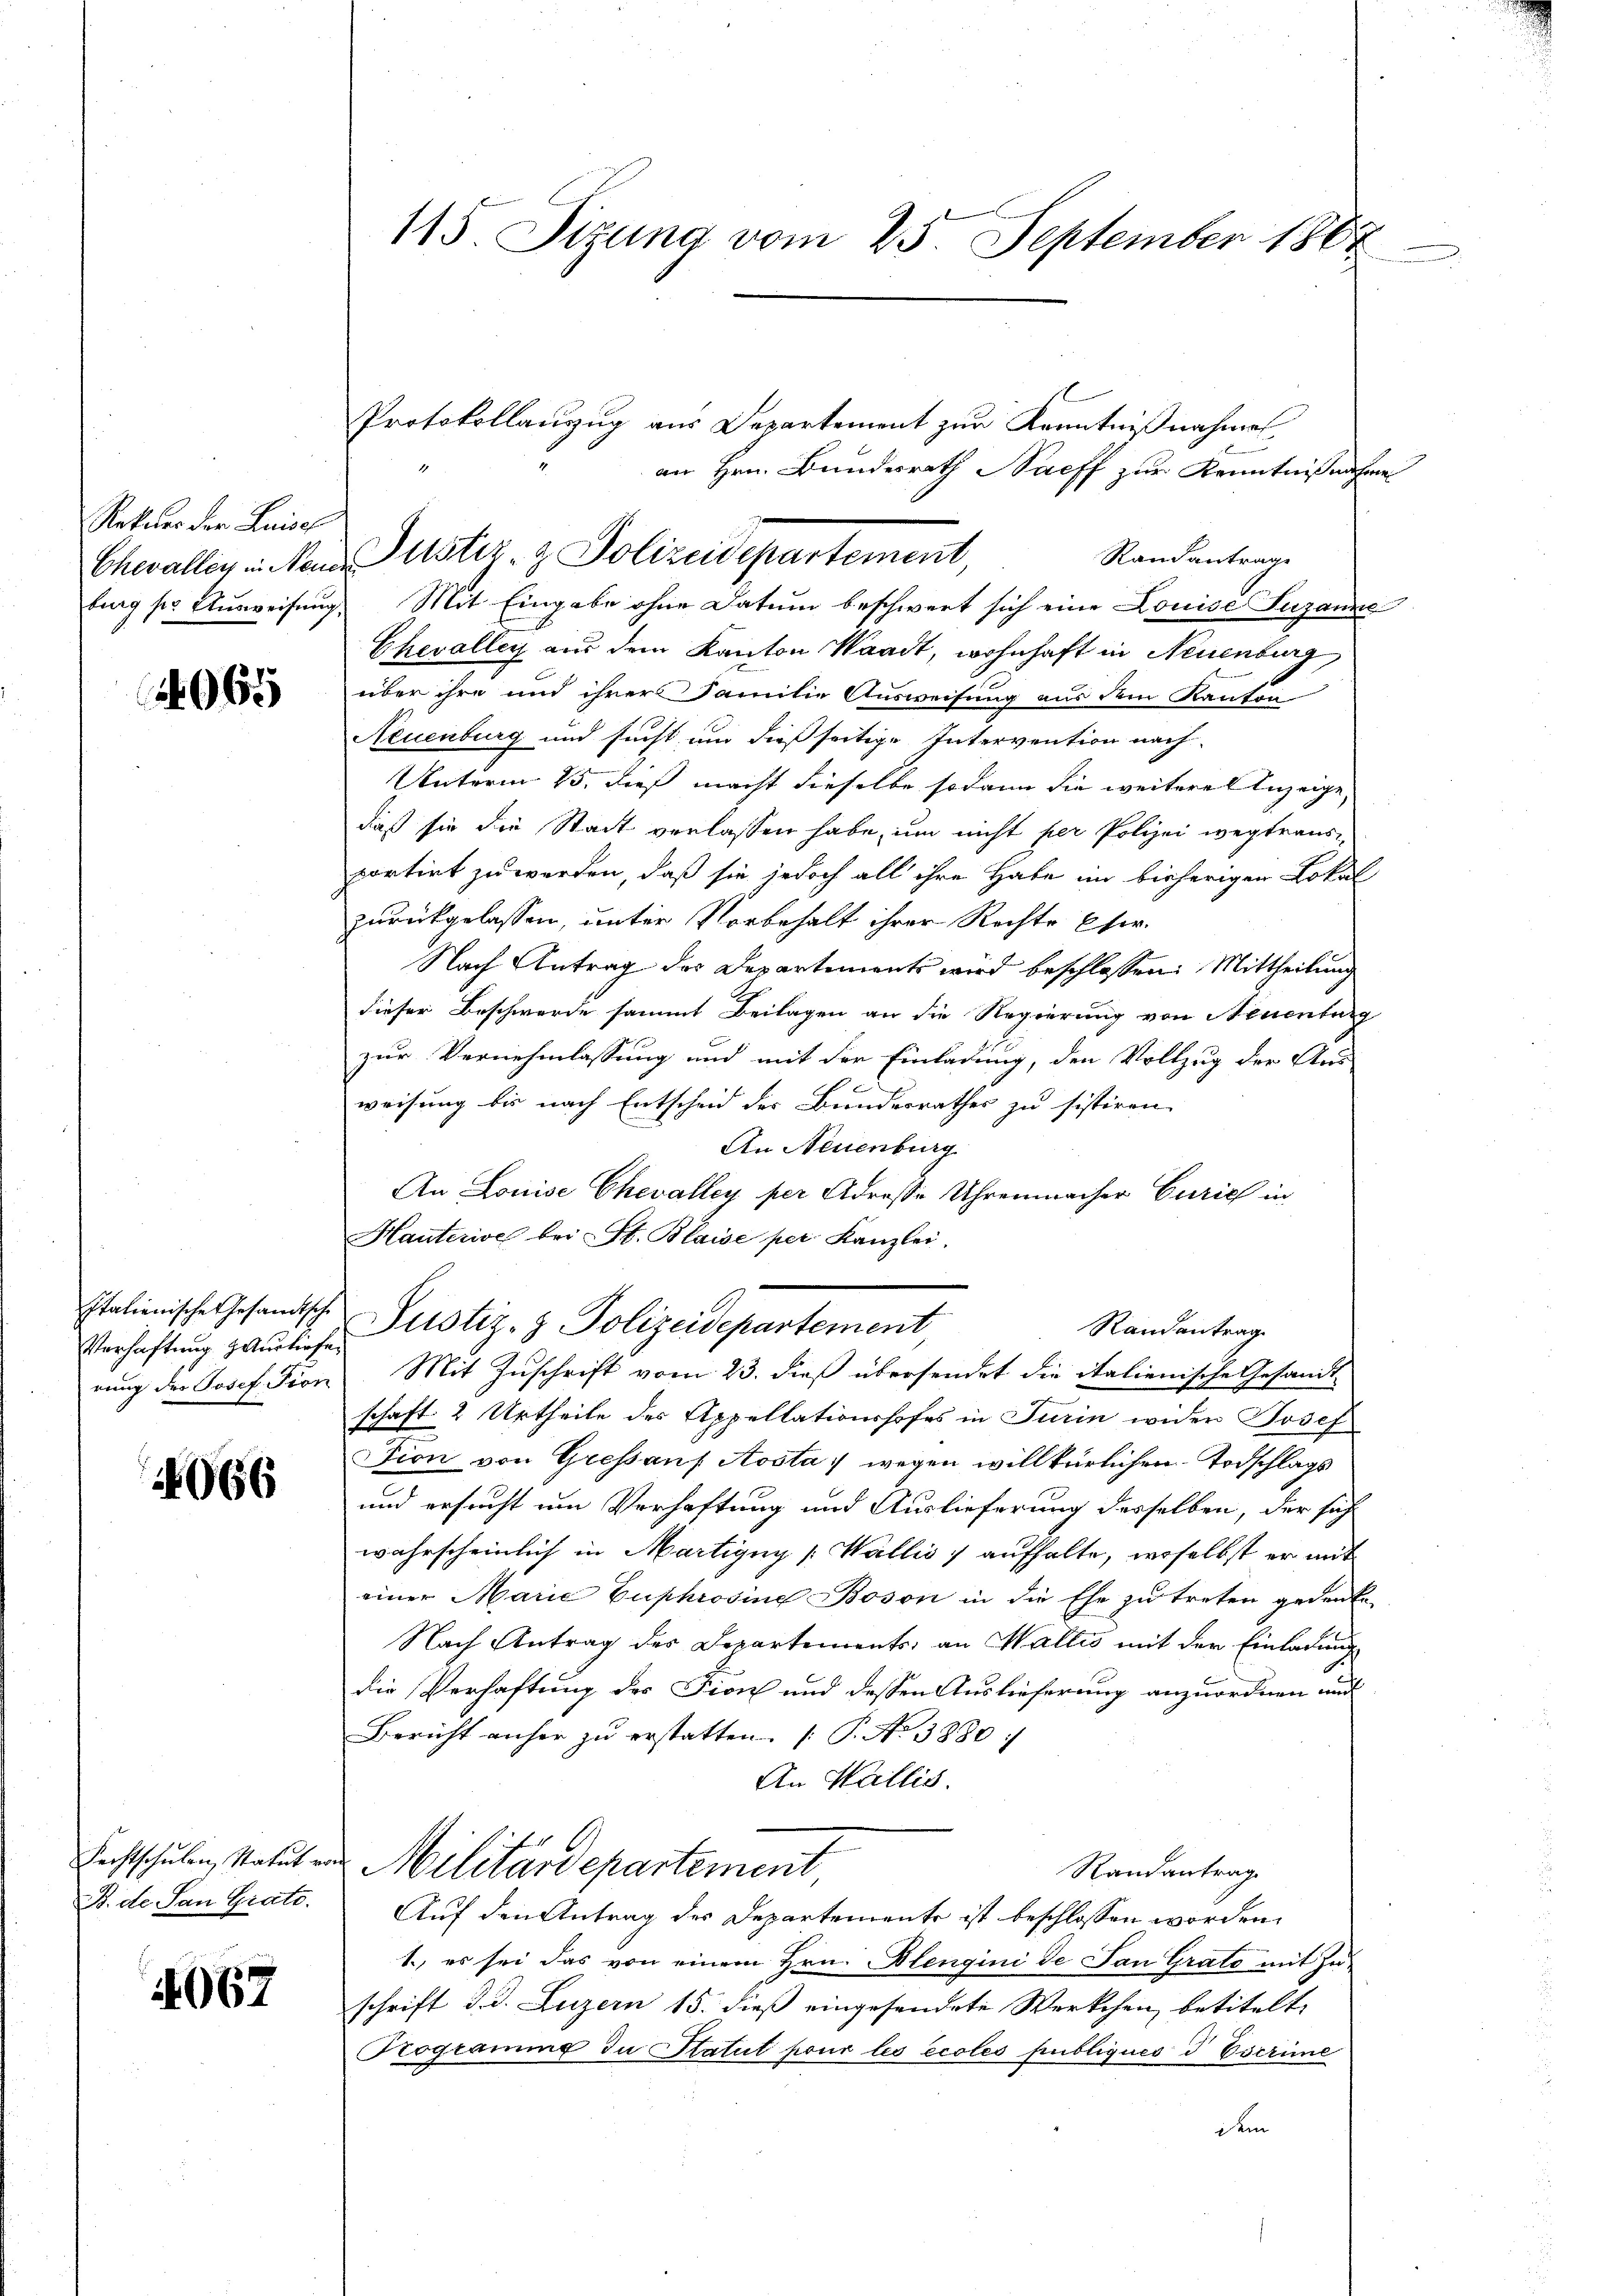
Rekurs der Luise

1065

Italienische Gesandtsche
Verhaftung & Ausliefe
rung der Josef Fron

4066

Fechtschulen, Statut von
B. de San Grato.

2067

115. Sizung vom 25. September 1864

Protokollanzug aus Departement zur Kenntnißnahme
an Hrn. Bundesrath Saeff zur Kenntnißnahme
Randantrage
burg ser Ausweisung. Mit Eingabe ohne Datum beschwert sich eine Louise Susanne
Chevalley aus dem Kanton Waadt, wohnhaft in Neuenburg
über ihre und ihrer Familie Ausweisung aus dem Kanton
Neuenburg und sucht, um dießseitige Intervention nach
Unterm 15. dieß macht dieselbe sodann die weitere Anzeige,
daß sie die Stadt verlassen habe, um nicht per Polizei wegtraus-
portirt zu werden, daß sie jedoch all ihre Habe im bisherigen Lokal
zurückgelassen, unter Vorbehalt ihrer Rechte Eher.
Nach Antrag des Departements wird beschlossen: Mittheilung
dieser Beschwerde sammt Beilagen an die Regierung von Neuenburg
zur Vernehmlassung und mit der Einladung, den Vollzug der Aus-
weisung bis nach Entscheid der Bundesrathes zu sistiren,
An Neuenburg
An Louise Chevalley per Adresse Uhrenmacher Curich in
Hauterive bei St. Blaise per Kanzlei.
Justiz- & Polizeidepartement,
Randantrag
Mit Zuschrift vom 23. dieß übersendet die italienische Gesandt-
schaft 2 Urtheile des Appellationshofes in Turin wider Josef
tion von Gressans Aosta wegen willkürlichen Todschlags
und ersucht um Verhaftung und Auslieferung desselben, der sich
wahrscheinlich in Martigny [Wallis, aufhalte, woselbst er mit
einer Marie Euphrosine Boson in die Ehe zu treten gedenke
Nach Antrag des Departements, an Wallis mit der Einladung
die Verhaftung des Fion und dessen Auslieferung anzuordnen und
Bericht anher zu erstatten. (T. No 3880/
An Wallis.
Militärdepartement
Randantrag
Auf den Antrag des Departemente ist beschlossen worden.
1., es sei das von einem Hrn. Blengini de San Grato mit In-
schrift d. d. Luzern 15. dieß eingesendete Werkchen, betitelt,
Programme in Statut pour les écoles publiques d Eserime
dem

Chevallen in Neuen Justiz- & Polizeidepartement,